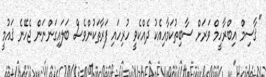
''ޤާސިމް އިބްރާހީމް ވަރަށް ސާބިތުކަމާއިއެކު ދެއްކެވީ ހުރިހައި ފަރާތަކުންވެސް ބަލައިގަންނަން ޖެހޭނެ ޤައުމީ